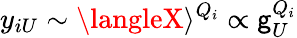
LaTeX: y_{iU}\sim\langleX\rangle^{Q_{i}}\propto\mathsf{g}_{U}^{Q_{i}}